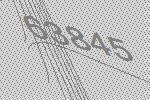
63845